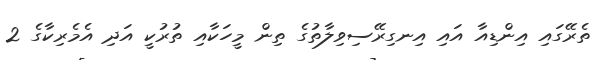
ތެރޭގައި އިންޑިއާ އައި އިނގިރޭސިވިލާތުގެ ތިން މީހަކާއި ތުރުކީ އަދި އެމެރިކާގެ 2